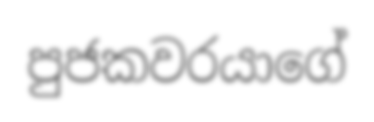
පුජකවරයාගේ